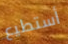
أستطيع